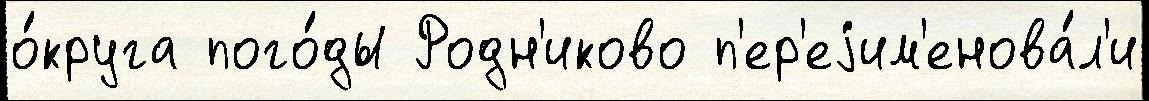
о́круга пого́ды Родн'иково п'ер'еjим'енова́л'и